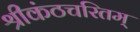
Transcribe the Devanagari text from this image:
श्रीकंठचरितम्